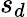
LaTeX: s_{d}